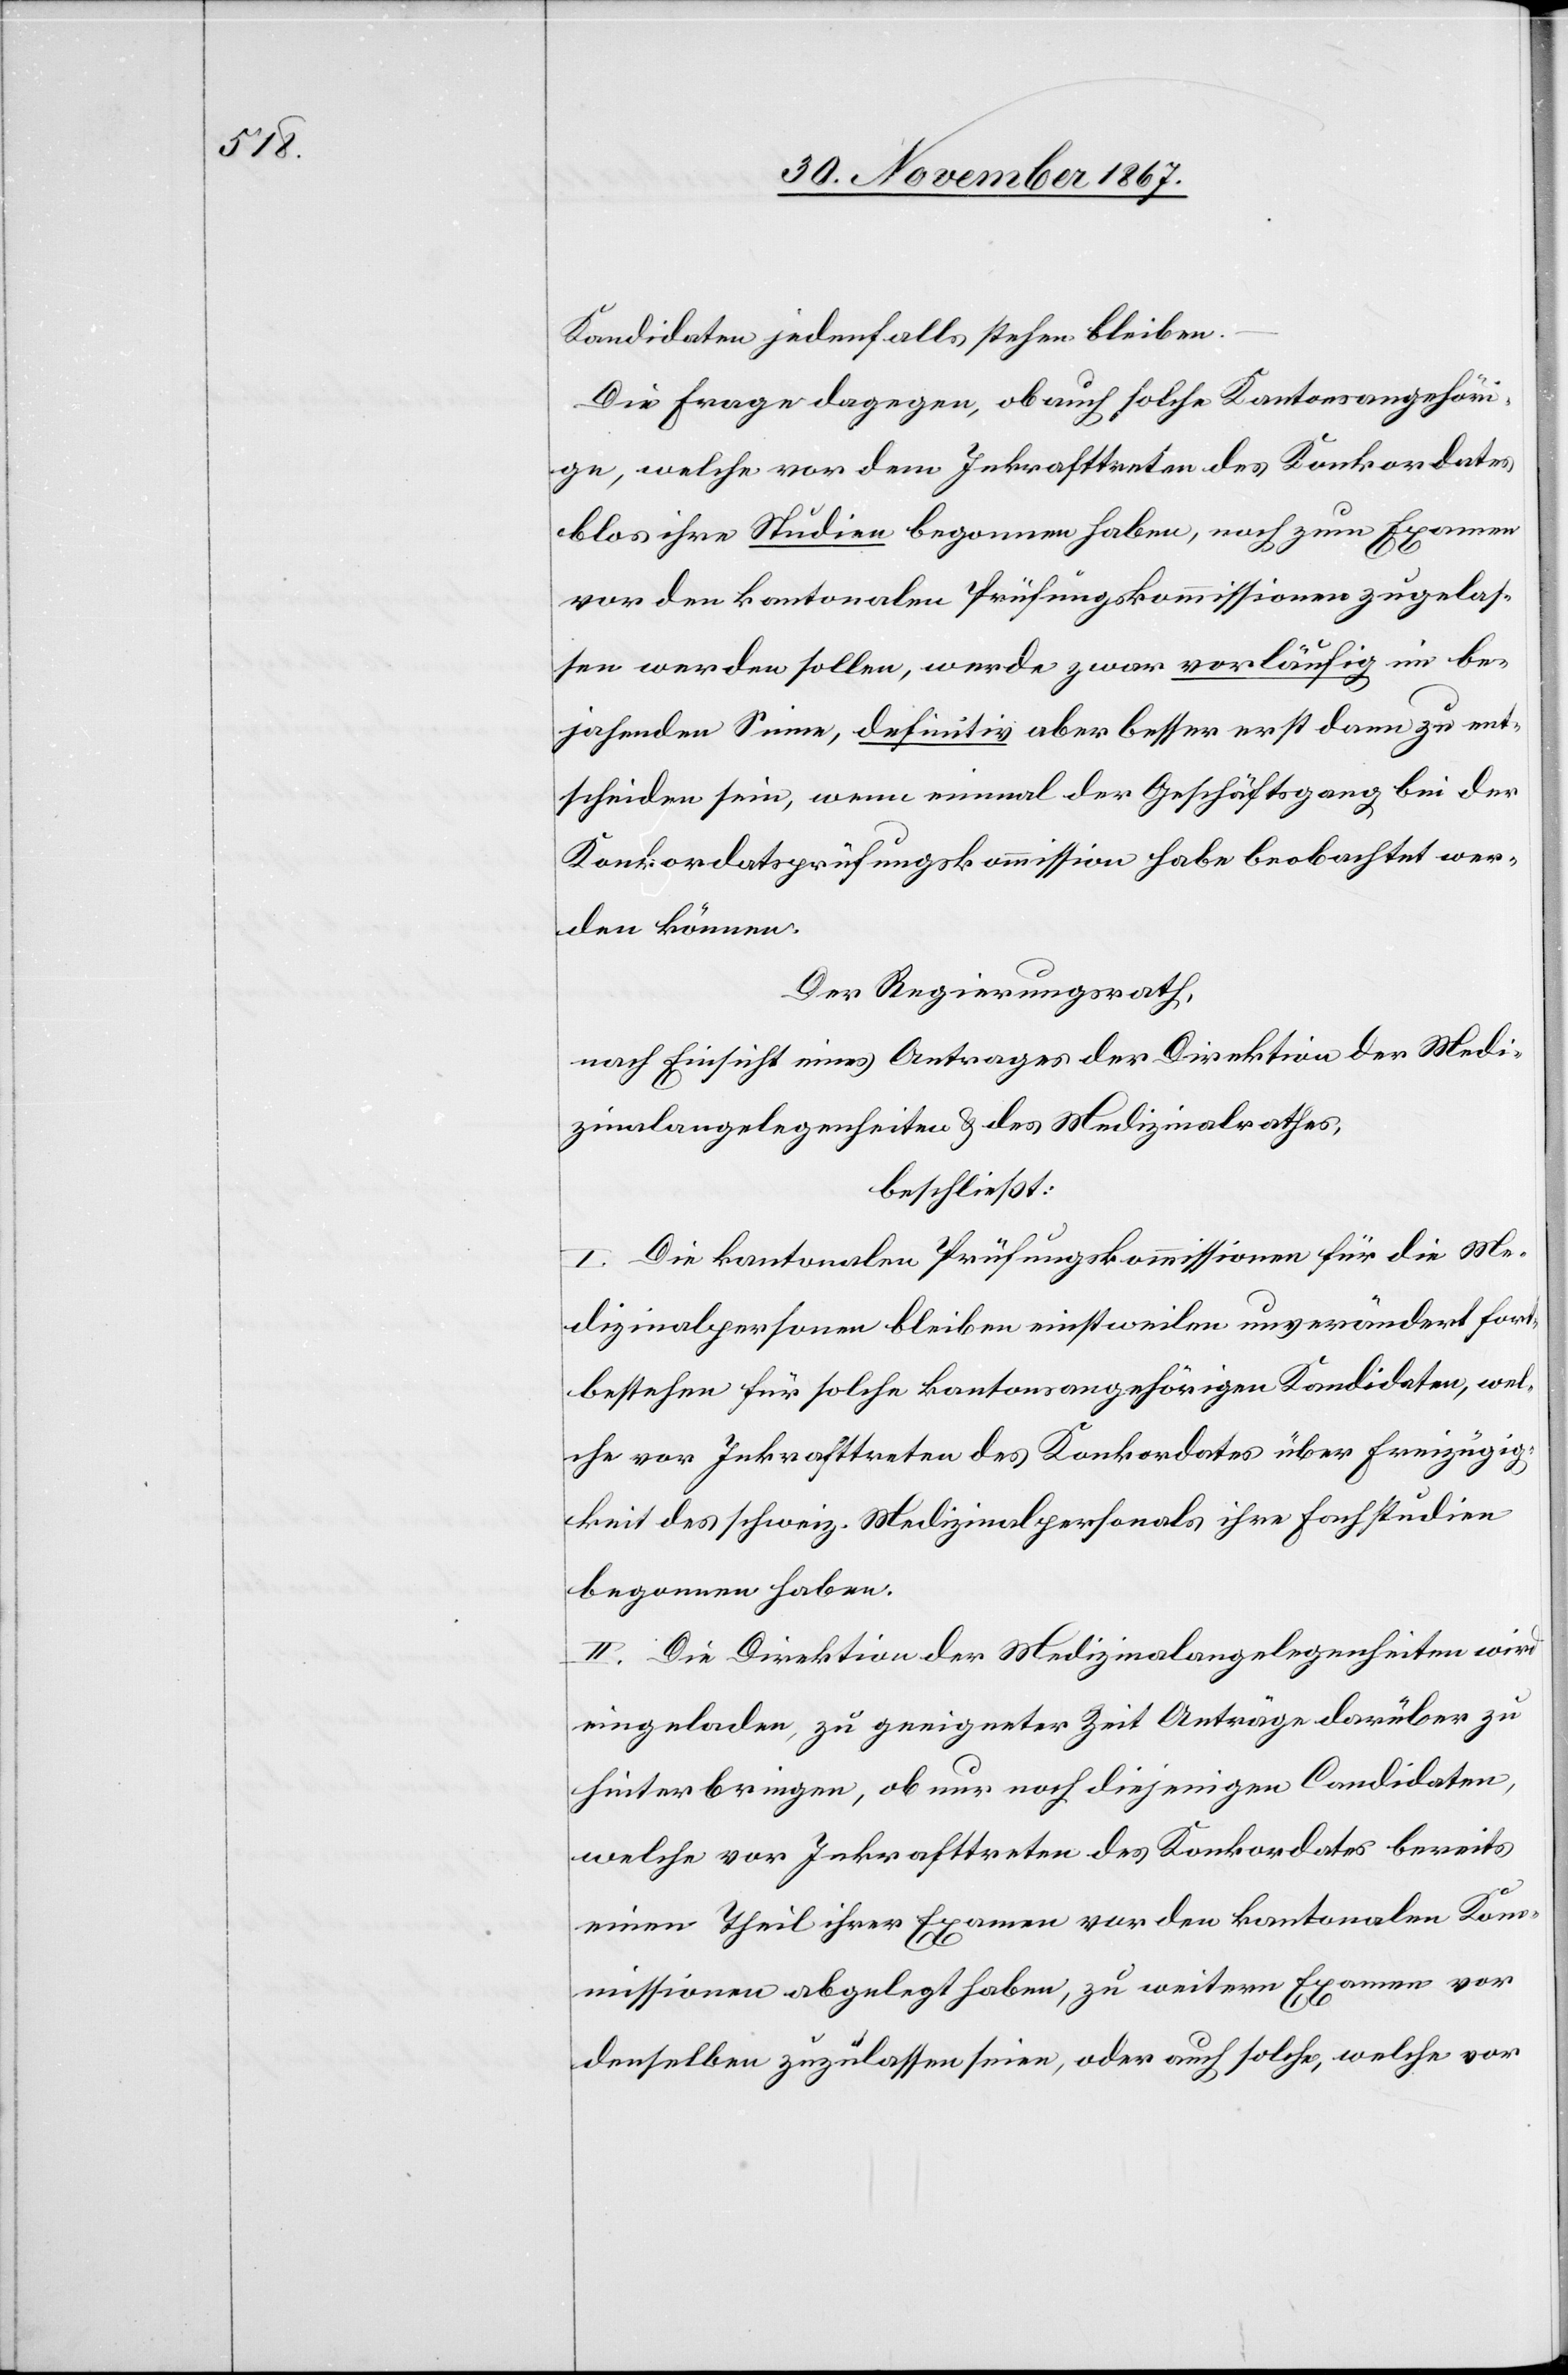
Kandidaten jedenfalls stehen bleiben.
Die Frage dagegen, ob auch solche Kantonsangehöri¬
ge, welche vor dem Inkrafttreten des Konkordates
blos ihre Studien begonnen haben, noch zum Examen
vor den kantonalen Prüfungskommissionen zugelas¬
sen werden sollen, werde zwar vorläufig im be¬
jahenden Sinne, definitiv aber besser erst dann zu ent¬
scheiden sein, wenn einmal der Geschäftsgang bei der
Konkordatsprüfungskommission habe beobachtet wer¬
den können.
Der Regierungsrath,
nach Einsicht eines Antrages der Direktion der Medi¬
zinalangelegenheiten u. des Medizinalrathes,
beschließt:
I. Die kantonalen Prüfungskommissionen für die Me¬
dizinalpersonen bleiben einstweilen unverändert fort¬
bestehen für solche kantonsangehörige Kandidaten, wel¬
che vor Inkrafttreten des Konkordats über Freizügig¬
keit des schweiz. Medizinalpersonals ihre Fachstudien
begonnen haben.
II. Die Direktion der Medizinalangelegenheiten wird
eingeladen, zu geeigneter Zeit Anträge darüber zu
hinterbringen, ob nur noch diejenigen Candidaten,
welche vor Inkrafttreten des Konkordats bereits
einen Theil ihrer Examen vor den kantonalen Kom¬
missionen abgelegt haben, zu weitern Examen vor
denselben zuzulassen seien, oder auch solche, welche vor